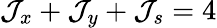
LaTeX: {\cal J}_{x}+{\cal J}_{y}+{\cal J}_{s}=4